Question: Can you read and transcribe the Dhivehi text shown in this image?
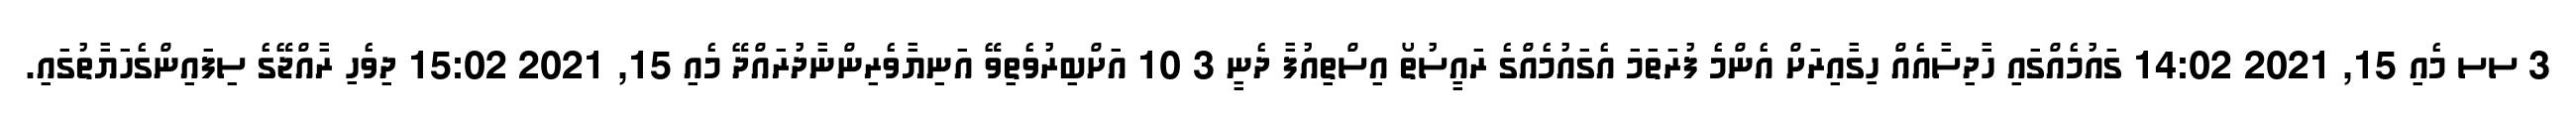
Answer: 3 ސސ މެއި 15, 2021 14:02 ގައުމެއްގައި ހާދިސާއެއް ހިގާއިރަށް އެންމެ ފުރަތަމަ އެގައުމެއްގެ ރައީސުތޯ އިސްތިއުފާ ދެނީ 3 10 އަށްބިރުވެތިވޭ އަނިޔާވެރިންނާދުރައްދޭ މެއި 15, 2021 15:02 ދިވެހި ރާއްޖޭގެ ސިފައިންގެހަޔާތުގައި.